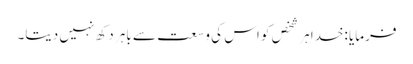
فرمایا :خدا ہر شخص کو اس کی وسعت سے باہر دکھ نہیں دیتا۔